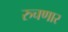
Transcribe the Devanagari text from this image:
रुचणार